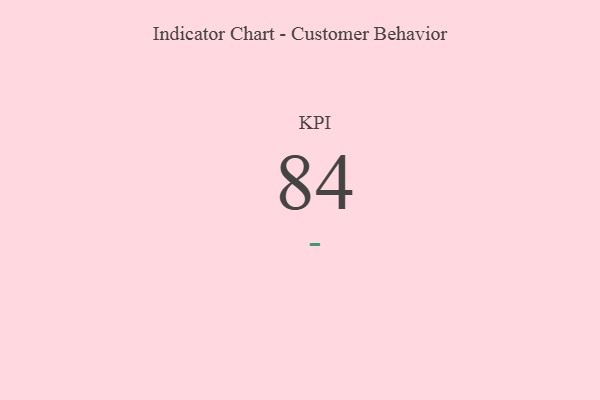
{"axis": {"x": "KPI", "y": "Value"}, "legend": [""], "data": [{"x": "KPI", "y": 84, "type": ""}]}